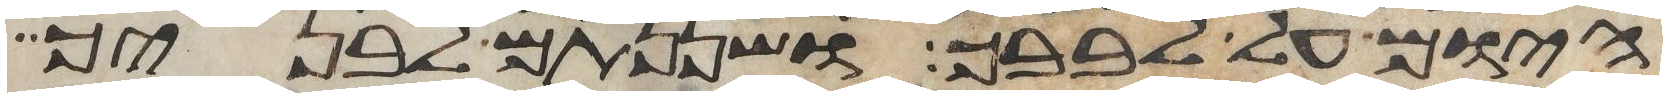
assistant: היום על לבבך ושננתם לבניך